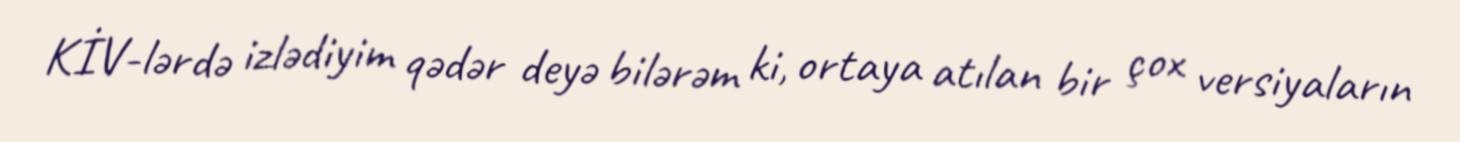
KİV-lərdə izlədiyim qədər deyə bilərəm ki, ortaya atılan bir çox versiyaların